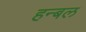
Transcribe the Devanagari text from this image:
हन्बल